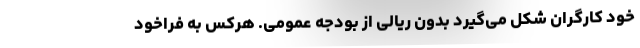
خود کارگران شکل می‌گیرد بدون ریالی از بودجه عمومی. هرکس به فراخود